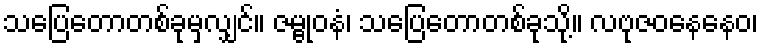
သပြေတောတစ်ခုမှလျှင်။ ဇမ္ဗုဝနံ၊ သပြေတောတစ်ခုသို့။ လဗုဇဝနေနေဝ၊